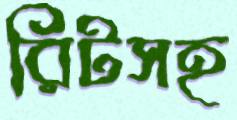
রিটসহ